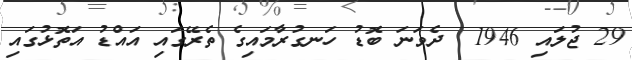
29 ޖުލައި 1946  ދެވަނަ ބޮޑު ހަނގުރާމައިގެ ތެރޭގައި އައްޑު އަތޮޅުގައި